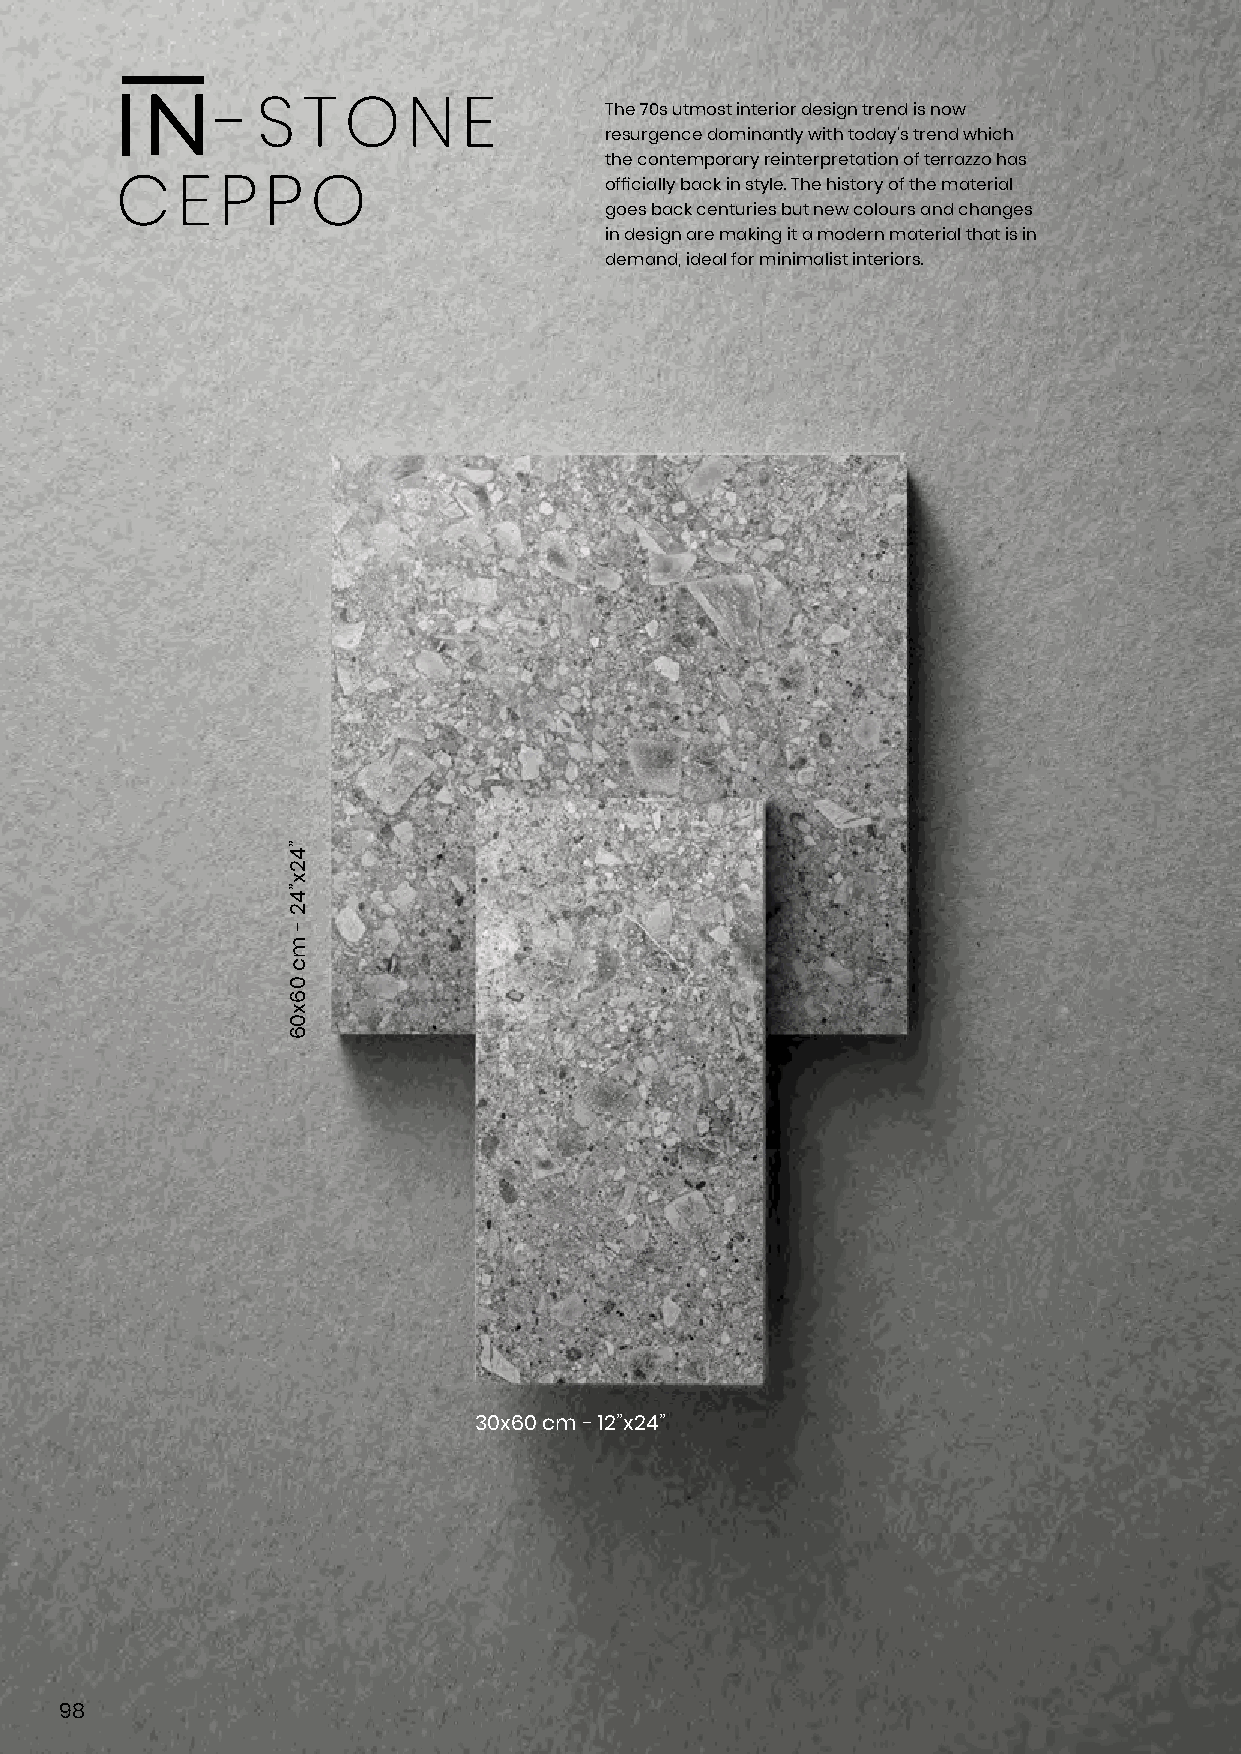
The 70s utmost interior design trend is now
 -  S  T  O   N   E
 resurgence dominantly with today’s trend which
 the contemporary reinterpretation of terrazzo has
 officially back in style. The history of the material
 C   E  P  P  O
 goes back centuries but new colours and changes
 in design are making it a modern material that is in
 demand, ideal for minimalist interiors.
 30x60 cm - 12”x24”
 98
 ”42x”42
 -
 mc
 06x06